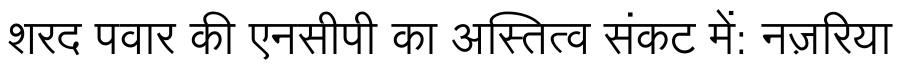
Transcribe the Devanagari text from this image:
शरद पवार की एनसीपी का अस्तित्व संकट में: नज़रिया